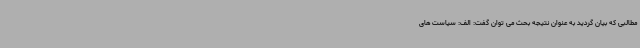
مطالبی که بیان گردید به عنوان نتیجه بحث می توان گفت: الف: سیاست های